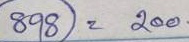
898 = 200